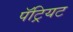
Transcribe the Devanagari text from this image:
पॅट्रियट